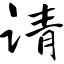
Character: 请